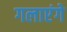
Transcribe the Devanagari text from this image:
गलाएंगे